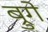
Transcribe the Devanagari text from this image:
ब्रुगे